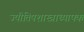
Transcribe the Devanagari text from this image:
ज्यौतिषशास्त्राध्यापक